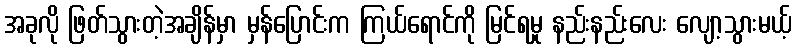
အခုလို ဖြတ်သွားတဲ့အချိန်မှာ မှန်ပြောင်းက ကြယ်ရောင်ကို မြင်ရမှု နည်းနည်းလေး လျော့သွားမယ့်